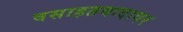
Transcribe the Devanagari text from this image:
वसाहतवादावर